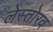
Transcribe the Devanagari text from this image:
लेस्तोरव